Vaccination United Provinces of Agra and Oudh 1902-1913 - 1902-1913
Year: 1902
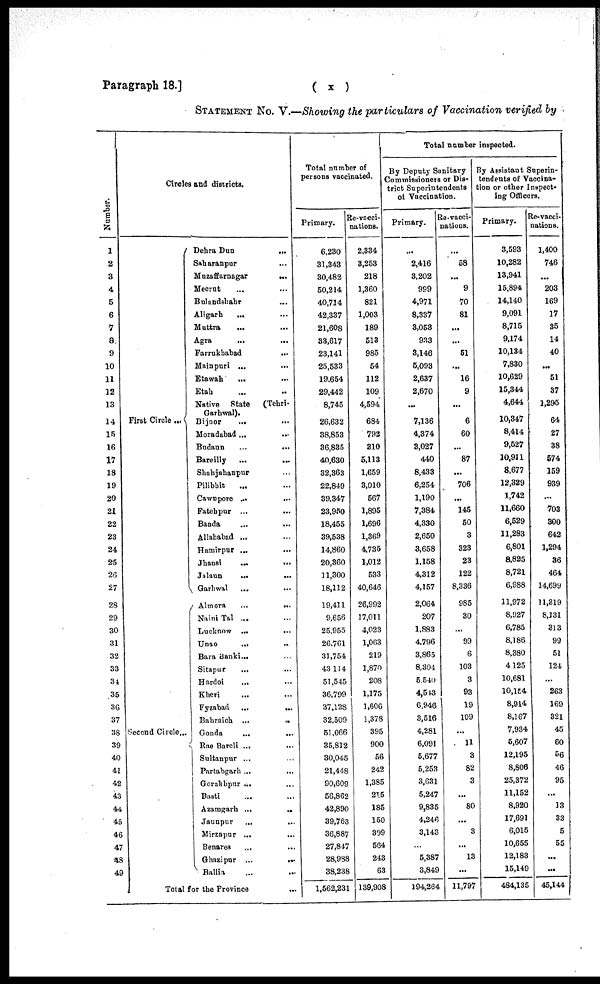
Paragraph 18.]
( x )
STATEMENT No. V.—Showing the particulars of Vaccination verified by
Number.
1
2
3
4
5
6
7
8
9
10
11
12
13
14
15
16
17
18
19
20
21
22
23
24
25
26
27
28
29
30
31
32
33
34
35
36
37
38
39
40
41
42
43
44
45
46
47
48
49
Circles and districts.
First Circle ...
Second Circle...
Dehra Dun
...
Saharanpur ...
Muzaffarnagar ...
Meerut ... ...
Bulandshahr ...
Aligarh ... ...
Muttra
... ...
Agra
... ...
Farrukhabad
...
Mainpuri ... ...
Etawah ... ...
Etah ... ...
Native State
(Tehri¬
Garhwal).
Bijnor
...
...
Moradabad...
...
Budaun ... ...
Bareilly
...
...
Shahjahanpur ...
Pilibhit ... ...
Cawnpore ... ...
Fatehpur ... ...
Banda ... ...
Allahabad ... ...
Hamirpur ...
Jhansi
...
...
Jalaun
...
...
Garhwal
...
...
Almora
...
...
Naini Tal ... ...
Lucknow ...
...
Unao
... ...
Bara Banki... ...
Sitapur ... ...
Hardoi ... ...
Kheri ... ...
Fyzabad ... ...
Bahraich ...
...
Gonda
...
...
Rae Bareli ... ...
Sultanpur ... ...
Partabgarh ...
...
Gorakhpur ... ...
Basti ... ...
Azamgarh ...
...
Jaunpur
...
...
Mirzapur ...
...
Benares ... ...
Ghazipur ...
...
Ballia ... ...
Total for the Province ...
Total number of
persons vaccinated.
Primary.
6,230
31,343
30,482
50,214
40,714
42,337
21,608
33,617
23,141
25,533
19,654
29,442
8,745
26,632
38,853
36,835
40,630
32,363
22,849
39,347
23,950
18,455
39,538
14,860
20,360
11,300
18,112
19,411
9,656
25,955
26,761
31,754
43,114
51,545
36,799
37,128
32,509
51,066
35,812
30,045
21,448
90,609
56,862
42,890
39,763
36,887
27,847
28,988
38,238
1,562,231
Re-vacci¬
nations.
2,334
3,253
218
1,360
821
1,003
189
513
985
54
112
109
4,594
684
792
310
5,113
1,659
3,010
567
1,895
1,696
1,369
4,735
1,012
533
40,646
26,992
17,011
4,023
1,063
219
1,870
208
1,175
1,606
1,378
395
900
56
242
1,385
215
185
150
399
564
243
63
139,908
Total number inspected.
By Deputy Sanitary
Commissioners or Dis-
trict Superintendents
of Vaccination.
Primary.
...
2,416
3,202
999
4,971
8,337
3,053
933
3,146
5,093
2,637
2,670
...
7,136
4,374
3,027
440
8,433
6,254
1,190
7,384
4,330
2,650
3,658
1,158
4,312
4,157
2,064
207
1,883
4,796
3,865
8,304
5,540
4,543
6,946
3,516
4,281
6,091
5,677
5,253
3,631
5,247
9,835
4,246
3,143
...
5,387
3,849
194,264
Re-vacci¬
nations.
...
58
...
9
70
81
...
...
51
...
16
9
...
6
60
...
87
...
706
...
145
50
3
323
23
122
8,336
985
30
...
99
6
103
3
93
19
109
...
11
3
82
3
...
80
...
3
...
13
...
11,797
By Assistant Superin-
tendents of Vaccina-
tion or other Inspect¬
ing Officers.
Primary.
3,593
10,282
13,941
15,894
14,140
9,091
8,715
9,174
10,134
7,830
10,629
15,344
4,644
10,347
8,414
9,527
10,911
8,677
12,329
1,742
11,660
6,529
11,283
6,801
8,825
8,721
6,988
11,972
8,927
6,785
8,186
8,380
4,125
10,681
10,154
8,914
8,167
7,934
5,607
12,195
8,806
25,372
11,152
8,920
17,691
6,015
10,655
12,183
15,149
484,135
Re-vacci-
nations.
1,400
746
...
203
169
17
35
14
40
...
51
37
1,295
64
27
38
574
159
939
...
703
300
642
1,294
36
464
14,699
11,319
8,131
313
99
51
124
...
263
169
321
45
60
56
46
95
...
13
33
5
55
...
...
45,144